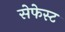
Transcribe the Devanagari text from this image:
सेफेस्ट